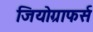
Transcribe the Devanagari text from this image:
जियोग्राफर्स